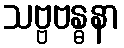
သဗ္ဗဗန္ဓနာ